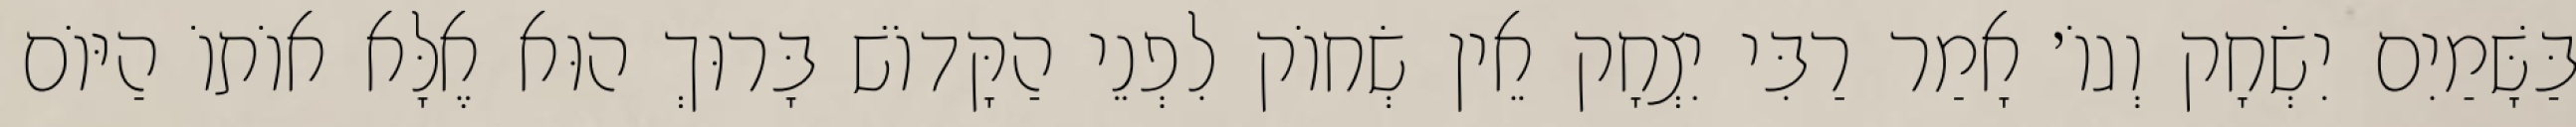
בַּשָּׁמַיִם יִשְׂחָק וְגוֹ׳ אָמַר רַבִּי יִצְחָק אֵין שְׂחוֹק לִפְנֵי הַקָּדוֹשׁ בָּרוּךְ הוּא אֶלָּא אוֹתוֹ הַיּוֹם